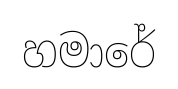
හමාරේ